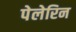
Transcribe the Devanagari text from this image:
पेलेरिन